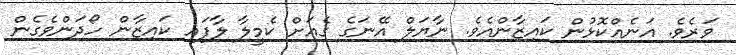
ވަރެވެ. އަނެއްކޮޅުން ކައިޒާންއެވެ. ނާޔަލް އޭނަގެ ގެއަށް ކެމީލާ ލާފައި ކައިޒާން ހޯދަންވެގެން